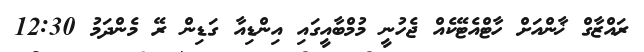
ރައްޒާގް ޚާންއަށް ހާޓްއެޓޭކެއް ޖެހުނީ މުމްބާއީގައި އިންޑިއާ ގަޑިން ރޭ މެންދަމު 12:30